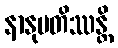
နာနုပတိဿန္တိ